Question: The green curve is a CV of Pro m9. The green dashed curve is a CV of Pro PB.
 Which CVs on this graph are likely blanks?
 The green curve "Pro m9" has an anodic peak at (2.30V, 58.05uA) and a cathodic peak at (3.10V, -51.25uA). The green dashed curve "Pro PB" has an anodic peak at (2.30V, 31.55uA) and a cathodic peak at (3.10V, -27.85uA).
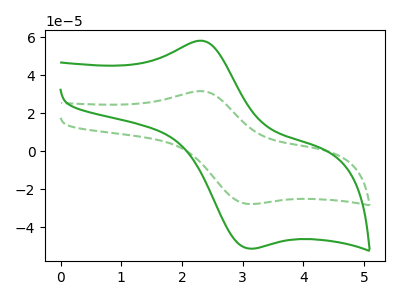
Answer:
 <answer>There are not any CV's on this graph that are likely to be blanks.</answer>
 <eval>none</eval>